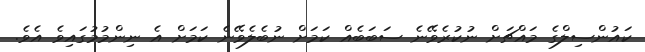
ކައުންސިލްގެ މައްޗަށް ނުކުރެވޭނެ ސަބަބެއް ކަމަށް ނުބެލެވޭނެ ކަމަށް އެ ނިންމުމުގައިވެ އެވެ.